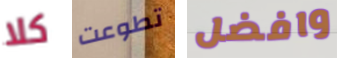
كلا تطوعت وافضل